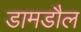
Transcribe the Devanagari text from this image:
डामडौल